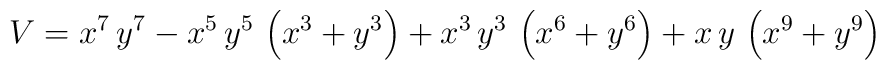
V =  {x^7}\,{y^7} - {x^5}\,{y^5}\,\left( {x^3} + {y^3} \right)  +   {x^3}\,{y^3}\,\left( {x^6} + {y^6} \right)  +   x\,y\,\left( {x^9} + {y^9} \right)  \\